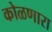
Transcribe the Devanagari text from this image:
कोळणारा